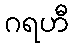
ဂရဟီ